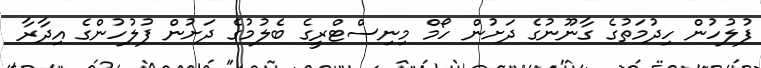
ފުލުހުން ހިދުމަތުގެ ގާނޫނުގެ ދަށުން ހޯމް މިނިސްޓްރީގެ ބެލުމުގެ ދަށުން ފުލުހުންގެ އިދާރާ